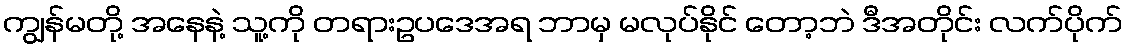
ကျွန်မတို့ အနေနဲ့ သူ့ကို တရားဥပဒေအရ ဘာမှ မလုပ်နိုင် တော့ဘဲ ဒီအတိုင်း လက်ပိုက်